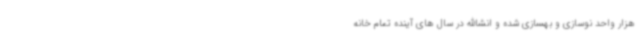
هزار واحد نوسازی و بهسازی شده و انشاالله در سال های آینده تمام خانه